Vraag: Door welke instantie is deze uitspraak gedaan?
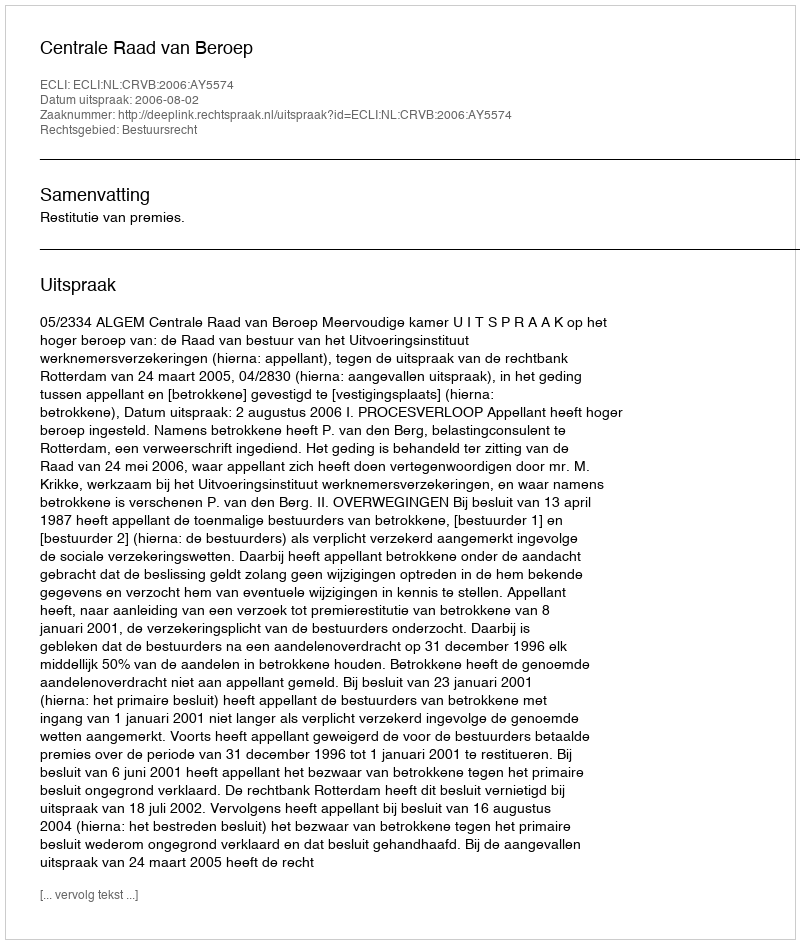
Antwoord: Centrale Raad van Beroep